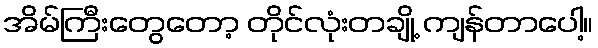
အိမ်ကြီးတွေတော့ တိုင်လုံးတချို့ ကျန်တာပေါ့။